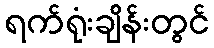
ရက်ရုံးချိန်းတွင်